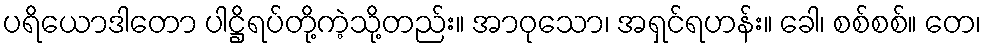
ပရိယောဒါတော ပါဋ္ဌိရပ်တို့ကဲ့သို့တည်း။ အာဝုသော၊ အရှင်ရဟန်း။ ခေါ၊ စစ်စစ်။ တေ၊